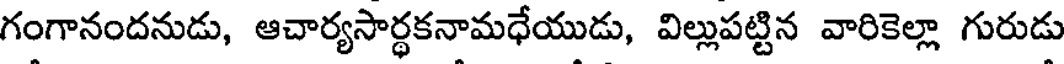
గంగానందనుడు, ఆచార్యసార్థకనామధేయుడు, విల్లుపట్టిన వారికెల్లా గురుడు